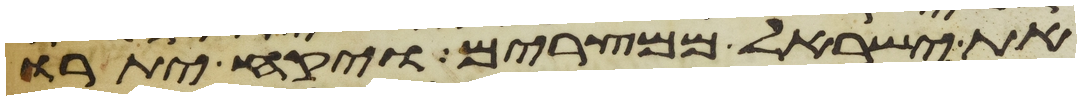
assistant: את ישראל ממצרים ויקח יתרו